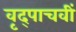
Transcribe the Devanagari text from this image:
वृद्पाचवीं